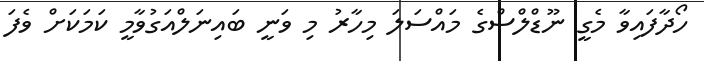
ހޯދާފައިވާ މެގީ ނޫޑްލްސްގެ މައްސަލަ މިހާރު މި ވަނީ ބައިނަލްއަގުވާމީ ކަމަކަށް ވެފަ